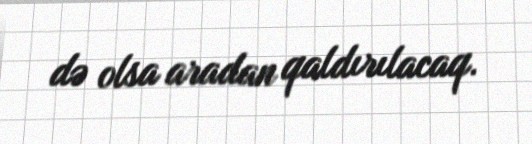
də olsa aradan qaldırılacaq.